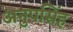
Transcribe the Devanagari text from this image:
अनुपसिंह